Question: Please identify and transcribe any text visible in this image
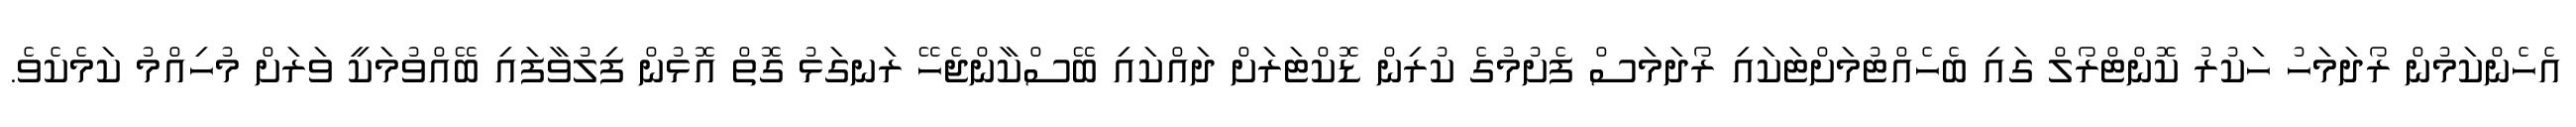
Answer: އެހެންކަމުން ރޯދަމަހު ހަކުރު ކޮންޓްރޯލް ގައި ބެހެއްޓުމަށްޓަކައި ރޯދަމަސް ފެށުމުގެ ކުރިން ޑޮކްޓަރަށް ދައްކައި ބޭސްކާންޖެހޭ ރަނގަޅު ގޮތް އޮޅުން ފިލުވާފައި ބޭއްވުމަކީ ވަރަށް މުހިއްމު ކަމެކެވެ.